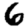
Digit: 6